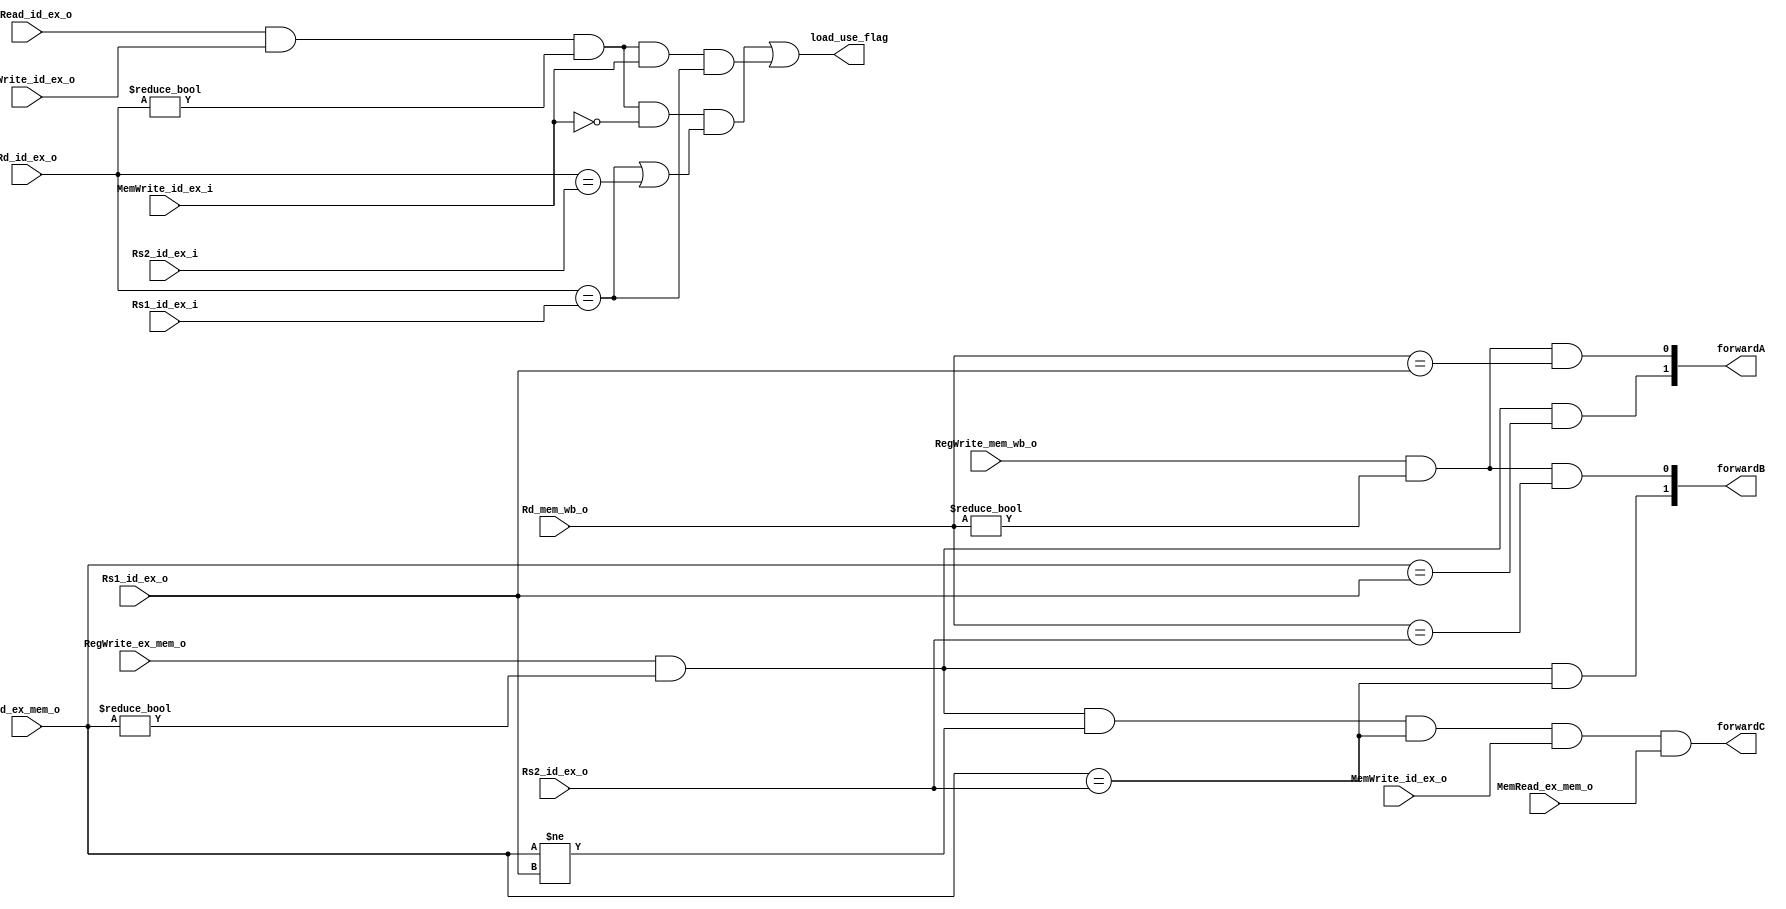
`timescale 1ns / 1ps
//////////////////////////////////////////////////////////////////////////////////
// Company: 
// Engineer: 
// 
// Design Name: 
// Module Name: forward_units
// Project Name: 
// Target Devices: 
// Tool Versions: 
// Description: 
// 
// Dependencies: 
// 
// Revision:
// Revision 0.01 - File Created
// Additional Comments:
// 
//////////////////////////////////////////////////////////////////////////////////


//
module forward_units(
	input [4:0]Rs1_id_ex_o,
	input [4:0]Rs2_id_ex_o,
	input [4:0]Rd_ex_mem_o,
	input [4:0]Rd_mem_wb_o,
	input RegWrite_ex_mem_o,
	input RegWrite_mem_wb_o,
	input MemWrite_id_ex_o,
	input MemRead_ex_mem_o,
	
	output  [1:0]forwardA,
	output  [1:0]forwardB,
	output forwardC,
	
	
	input [4:0]Rs1_id_ex_i,
	input [4:0]Rs2_id_ex_i,
	input [4:0]Rd_id_ex_o,
	input MemRead_id_ex_o,
	input MemWrite_id_ex_i,
	input RegWrite_id_ex_o,
	
	output load_use_flag
	
    );
	
	assign forwardA[1]=(RegWrite_ex_mem_o &&(Rd_ex_mem_o!=5'd0)&&(Rd_ex_mem_o==Rs1_id_ex_o));
	assign forwardA[0]=(RegWrite_mem_wb_o && (Rd_mem_wb_o !=5'd0) &&(Rd_mem_wb_o==Rs1_id_ex_o));
	
	assign forwardB[1]=(RegWrite_ex_mem_o &&(Rd_ex_mem_o!=5'd0)&&(Rd_ex_mem_o==Rs2_id_ex_o));
	assign forwardB[0]=(RegWrite_mem_wb_o && (Rd_mem_wb_o !=5'd0) &&(Rd_mem_wb_o==Rs2_id_ex_o));
	
	
	assign forwardC=(RegWrite_ex_mem_o &&(Rd_ex_mem_o!=5'd0)&&(Rd_ex_mem_o!=Rs1_id_ex_o)&& (Rd_ex_mem_o==Rs2_id_ex_o)&& MemWrite_id_ex_o && MemRead_ex_mem_o );
	//assign forwardC=(RegWrite_ex_mem_o &&(Rd_mem_wb_o!=5'd0)&&(Rd_mem_wb_o!=Rs1_id_ex_o)&& (Rd_mem_wb_o==Rs2_id_ex_o)&& MemWrite_id_ex_o && MemRead_ex_mem_o );

	
	assign load_use_flag=(MemRead_id_ex_o && RegWrite_id_ex_o && (Rd_id_ex_o!=5'd0)&&(!MemWrite_id_ex_i) && ((Rd_id_ex_o ==Rs1_id_ex_i) | (Rd_id_ex_o ==Rs2_id_ex_i)))|(MemRead_id_ex_o && RegWrite_id_ex_o && (Rd_id_ex_o!=5'd0)&&(MemWrite_id_ex_i)&& (Rd_id_ex_o ==Rs1_id_ex_i));


endmodule